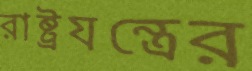
রাষ্ট্রযন্ত্রের